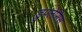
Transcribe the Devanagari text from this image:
डुपलेसिस